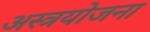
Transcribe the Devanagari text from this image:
अस्त्रयोजना